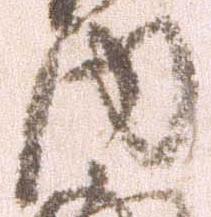
内